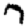
Digit: 7